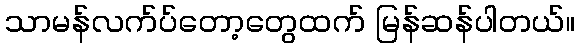
သာမန်လက်ပ်တော့တွေထက် မြန်ဆန်ပါတယ်။